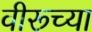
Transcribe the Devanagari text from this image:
वीरूच्या